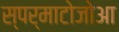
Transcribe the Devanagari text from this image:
स्पर्माटोजोआ